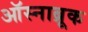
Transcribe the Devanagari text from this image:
ऑस्नाब्रूक